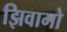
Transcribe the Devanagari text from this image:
झिवागो